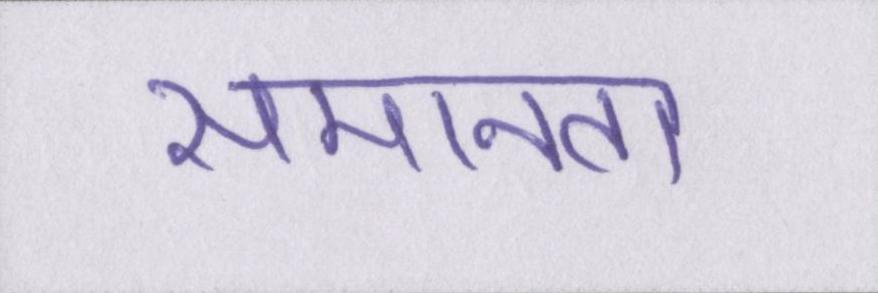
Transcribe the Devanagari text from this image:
समानता